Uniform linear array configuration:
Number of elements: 64
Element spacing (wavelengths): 0.25
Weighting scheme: blackman
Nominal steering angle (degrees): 0
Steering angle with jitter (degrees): -1.597
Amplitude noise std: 0.05
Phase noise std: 0.05

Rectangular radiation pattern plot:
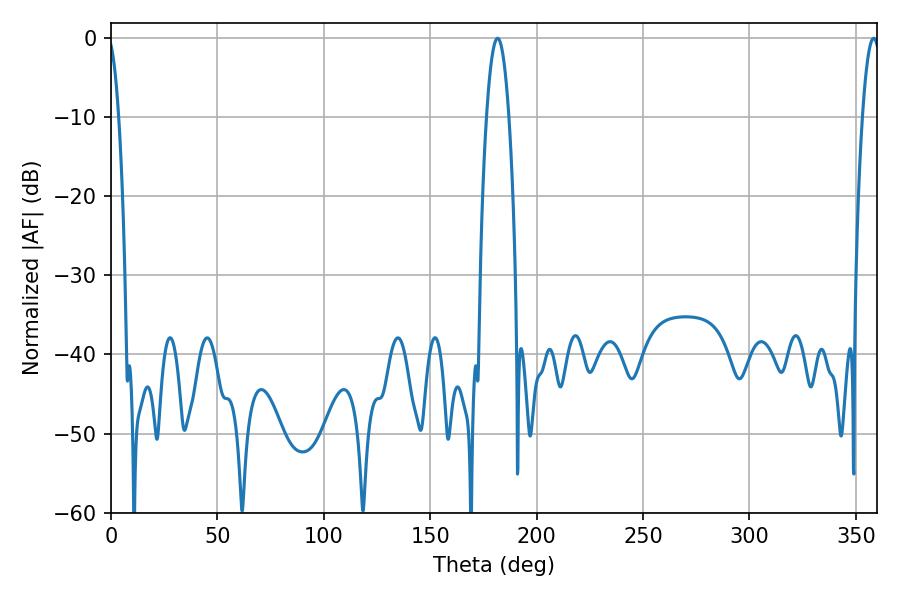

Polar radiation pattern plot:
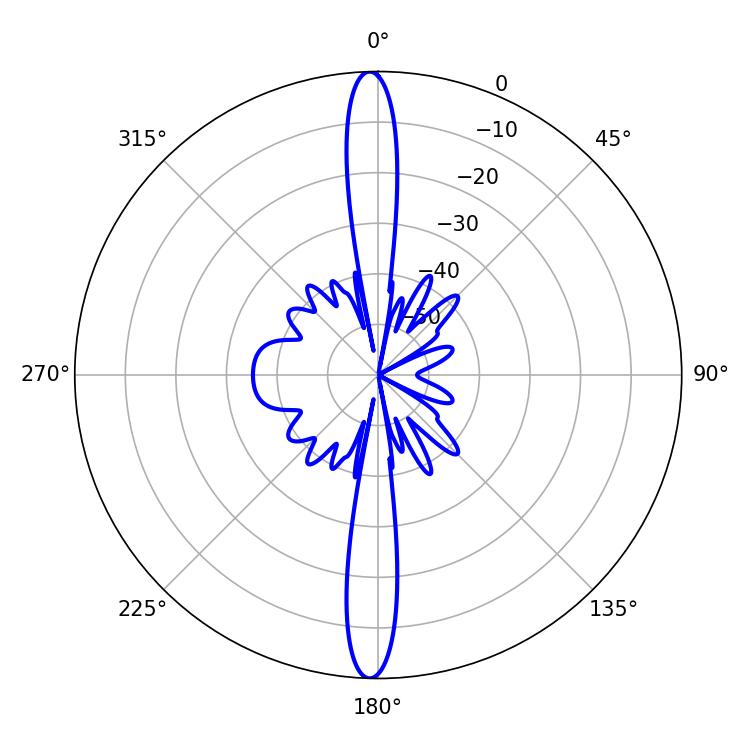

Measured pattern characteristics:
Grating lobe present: FALSE
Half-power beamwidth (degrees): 5.76
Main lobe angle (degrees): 181.62